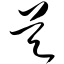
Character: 昊